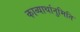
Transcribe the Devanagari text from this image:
काव्यार्थानुमिति